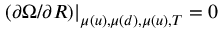
( \partial { \Omega } / \partial R ) { | } _ { \mu ( u ) , \mu ( d ) , \mu ( u ) , T } ^ { } = 0